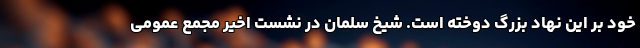
خود بر این نهاد بزرگ دوخته است. شیخ سلمان در نشست اخیر مجمع عمومی